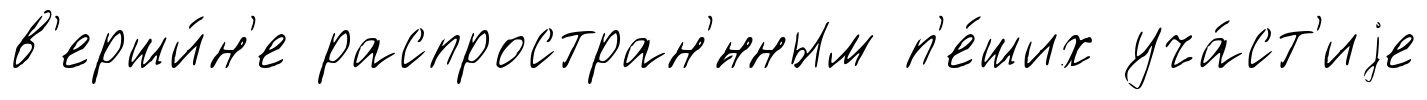
в'ерши́н'е распростран'́нным п'е́ших уча́ст'иjе